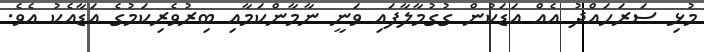
މުޅި ސަރަހައްދު އެއް އަޑަކުން ގުގުމާލާފައި ވަނީ ނާމާންކަމާއި ބިރުވެރިކަމުގެ އަޑާއެކު އެވެ.